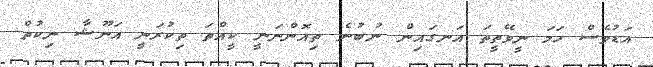
އަޑުވެސް ހަމަ ނީވޭތީތަ އަނގައިން ނުބުނެ ތިއޮންނަނީ ކީއްތަ ތިކުރަނީ އަނޫޝާ ނިކުތް